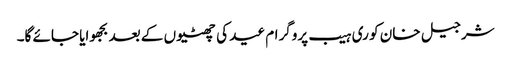
شرجیل خان کو ری ہیب پروگرام عید کی چھٹیوں کے بعد بجھوایا جائے گا۔